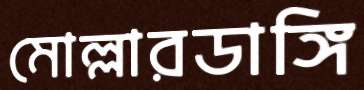
মোল্লারডাঙ্গি